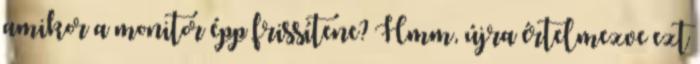
amikor a monitor épp frissítene? Hmm, újra értelmezve ezt